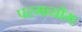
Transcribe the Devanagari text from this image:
परमव्योम